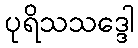
ပုရိသသဒ္ဒေါ